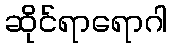
ဆိုင်ရာရောဂါ